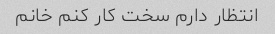
انتظار دارم سخت کار کنم خانم